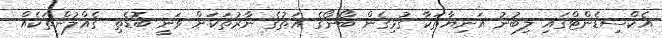
އެކްސިޑެންޓްގައި ލިބުނު އަނިޔާތަކާ ގުޅިގެން ބޯނޯގެ އަތުގެ ނާރުތަކަށް ވަނީ ބޮޑެތި ގެއްލުންތަކެއް